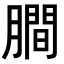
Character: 𬛖